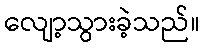
လျော့သွားခဲ့သည်။